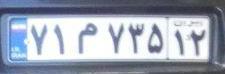
۷۱م۷۳۵۱۲